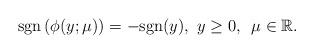
LaTeX: \begin{align*}{\rm sgn} \left( \phi(y;\mu) \right) = -{\rm sgn}(y),~ y \ge 0,\, ~ \mu \in \mathbb{R}.\end{align*}